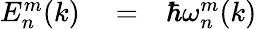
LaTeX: \begin{array}{rlr}{E_{n}^{m}(k)}&{{}=}&{\hbar\omega_{n}^{m}(k)}\end{array}